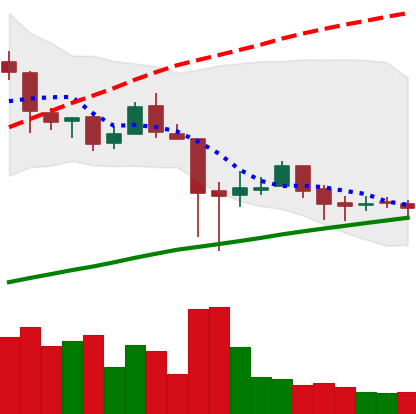
Ticker: LTC-USD
Chart end date: 2018-01-26
Forward return: -7.572%
Label: down_7plus